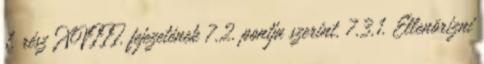
1. rész XVIII. fejezetének 7.2. pontja szerint. 7.3.1. Ellenõrizni